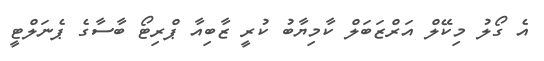
އެ ގޯލު މިކޭލް އަރްޒަބަލް ކާމިޔާބު ކުރީ ޒާބިއާ ޕްރިޓޯ ބާސާގެ ޕެނަލްޓީ